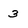
Character: 3